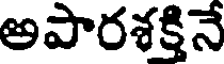
అపారశక్తినే